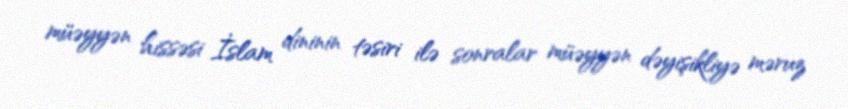
müəyyən hissəsi İslam dininin təsiri ilə sonralar müəyyən dəyişikliyə məruz